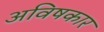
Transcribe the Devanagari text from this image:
अविषकार